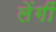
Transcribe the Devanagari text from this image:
लेंगीं